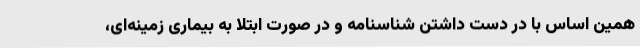
همین اساس با در دست داشتن شناسنامه و در صورت ابتلا به بیماری زمینه‌ای،